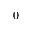
0